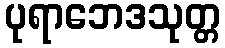
ပုရာဘေဒသုတ္တ